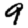
Digit: 9